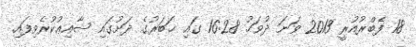
18 ފެބްރުއުރީ 2013 ވަނަ ދުވަހު 16:28 ގައި ޚަބަރުގެ ދަށުގައި ޝާއިޢުކުރެވިފައި.